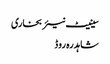
سینیٹ نیئر بخاری
شاہدرہ روڈ